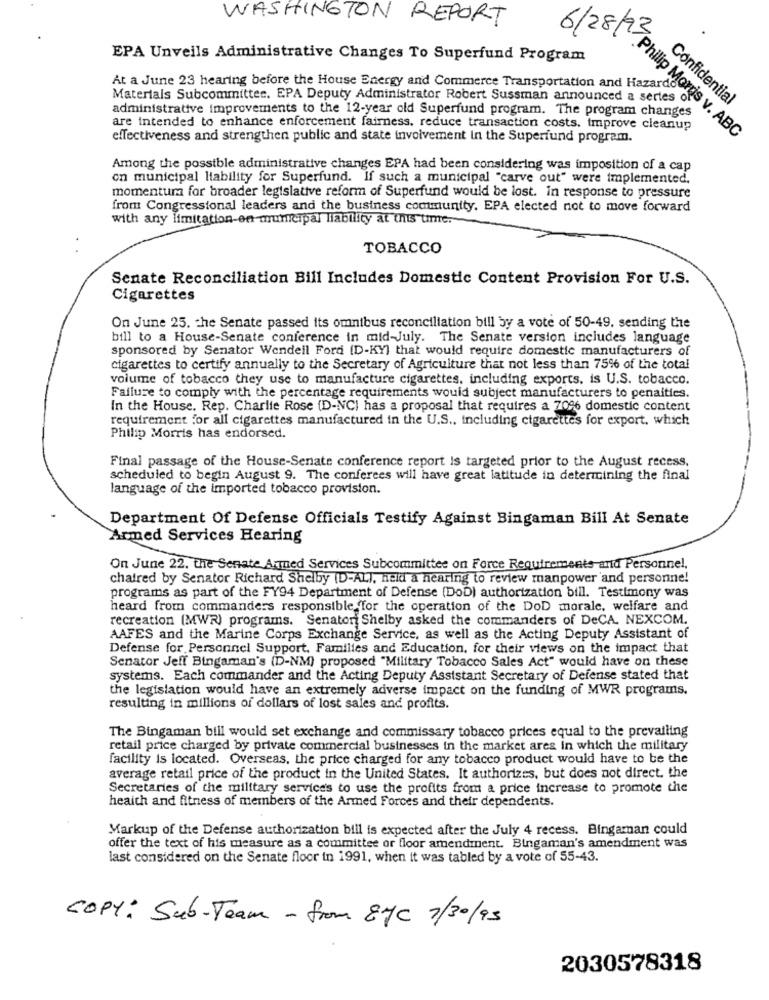
WASHINGTON REPORT
6/28/930
EPA Unveils Administrative Changes To Superfund Program
At a June 23 hearing before the House Energy and Commerce Transportation and Hazardo
Materials Subcommittee. EPA Deputy Administrator Robert Sussman announced a series of
Confidential
administrative improvements to the 12-year old Superfund program. The program changes
are intended to enhance enforcement fairness. reduce transaction costs. improve cleanup
effectiveness and strengthen public and state involvement In the Superfund program.
Philip Morris v. ABC
Among the possible administrative changes EPA had been considering was imposition of a cap
on municipal liability for Superfund. If such a municipal "carve out" were implemented.
momentuma for broader legislative reform of Superfund would be lost. in response to pressure
from Congressional leaders and the business community. EPA elected not to move forward
with any limitation-en municipal liability at this time.
TOBACCO
Senate Reconciliation Bill Includes Domestic Content Provision For U.S.
Cigarettes
On June 25. the Senate passed its omnibus reconciliation bill by a vote of 50-49. sending the
bill to a House-Senate conference in mid-July. The Senate version includes language
sponsored by Senator Wendeil Ford [D-KY) that would require domestic manufacturers of
cigarettes to certify annually to the Secretary of Agriculture that not less than 75% of the total
volume of tobacco they use to manufacture cigarettes, including exports. is U.S. tobacco.
Failure to comply with the percentage requirements would subject manufacturers to penalties.
In the House. Rep. Charlie Rose (D-NC) has a proposal that requires a 706 domestic content
requirement for all cigarettes manufactured in the U.S ., including cigarettes for export, which
Philip Morris has endorsed.
Final passage of the House-Senate conference report Is targeted prior to the August recess.
scheduled to begin August 9. The conferees will have great latitude in determining the final
language of the imported tobacco provision.
Department Of Defense Officials Testify Against Bingaman Bill At Senate
Armed Services Hearing
On June 22. the Senate Argued Services Subcommittee on Force Requirements and Personnel.
chaired by Senator Richard Shelby [D-ALI, held a hearing to review manpower 'and personne!
programs as part of the FY94 Department of Defense (DoD) authorization bill. Testimony was
heard from commanders responsible for the operation of the DoD morale, welfare and
recreation (MWR) programs. Senator Shelby asked the commanders of DeCA. NEXCOM.
AAFES and the Marine Corps Exchange Service, as well as the Acting Deputy Assistant of
Defense for Personnel Support, Families and Education, for their views on the impact that
Senator Jeff Bingaman's (D-NM) proposed "Military Tobacco Sales Act" would have on these
systems. Each commander and the Acting Deputy Assistant Secretary of Defense stated that
the legislation would have an extremely adiverse impact on the funding of MWR programs.
resulting in millions of dollars of lost sales and profits.
The Bingaman bill would set exchange and commissary tobacco prices equal to the prevailing
retail price charged by private commercial businesses in the market ares in which the military
facility is located. Overseas. the price charged for any tobacco product would have to be the
average retail price of the product in the United States. It authorizes, but does not direct. the
Secretaries of the military services to use the profits from a price increase to promote the
heaith and fitness of members of the Armed Forces and their dependents.
Markup of the Defense authorization bill is expected after the July 4 recess. Bingaman could
offer the text of his measure as a committee or floor amendment. Bingaman's amendment was
last considered on the Senate floor in 1991, when it was tabled by a vote of 55-43.
COPY: Sub-Team - from 87C 7/30/93
2030578318